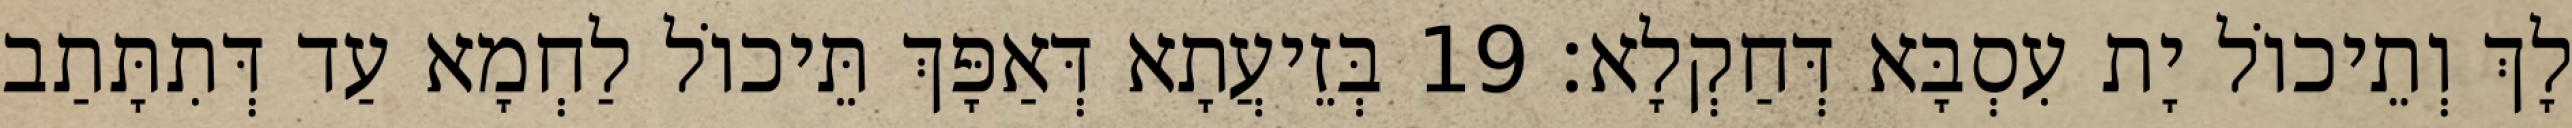
לָךְ וְתֵיכוֹל יָת עִסְבָּא דְּחַקְלָא׃ 19 בְּזֵיעֲתָא דְּאַפָּךְ תֵּיכוֹל לַחְמָא עַד דְּתִתָּתַב